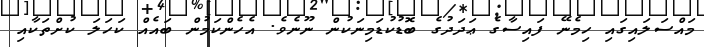
މައްސަލައިގައި ހިމެނޭ ފައިސާގެ ޢަދަދުގެ ބޮޑުކުޑަމިނަކުން ނޫނެވެ. އެހެންކަމުން ބައެއް ކަހަލަ ކުށްތަކާއި